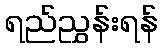
ရည်ညွှန်းရန်